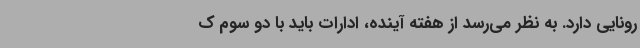
رونایی دارد. به نظر می‌رسد از هفته آینده، ادارات باید با دو سوم ک